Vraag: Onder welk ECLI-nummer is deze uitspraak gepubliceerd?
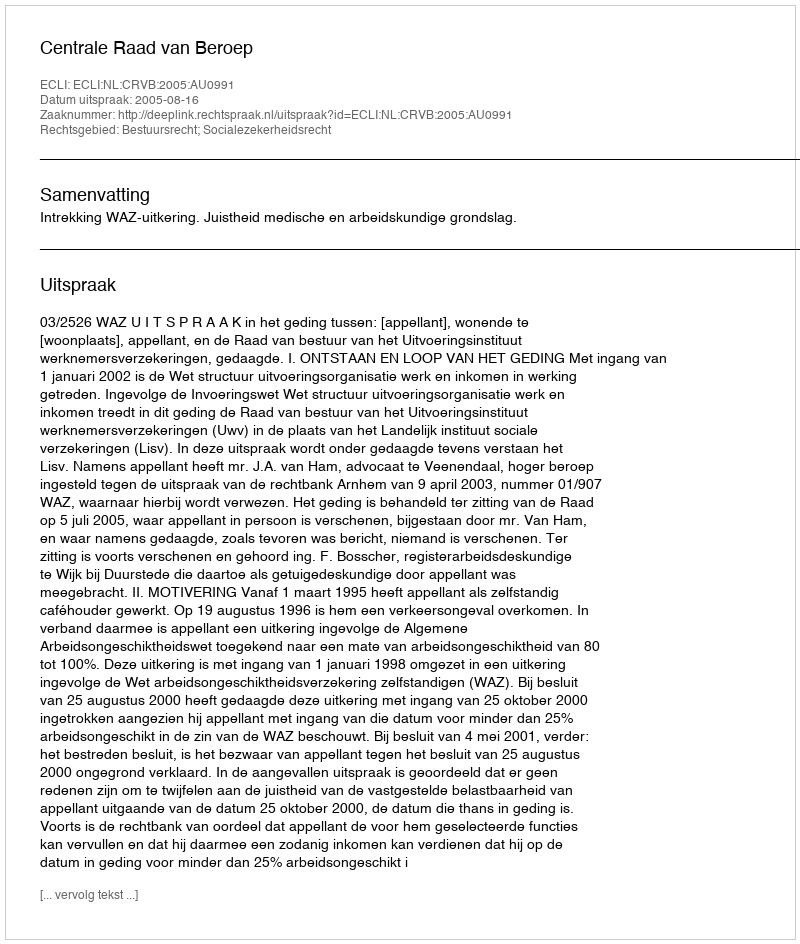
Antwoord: ECLI:NL:CRVB:2005:AU0991